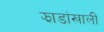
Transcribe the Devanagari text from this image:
झाडांखाली